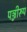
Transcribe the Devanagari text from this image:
पञ्जीरूप